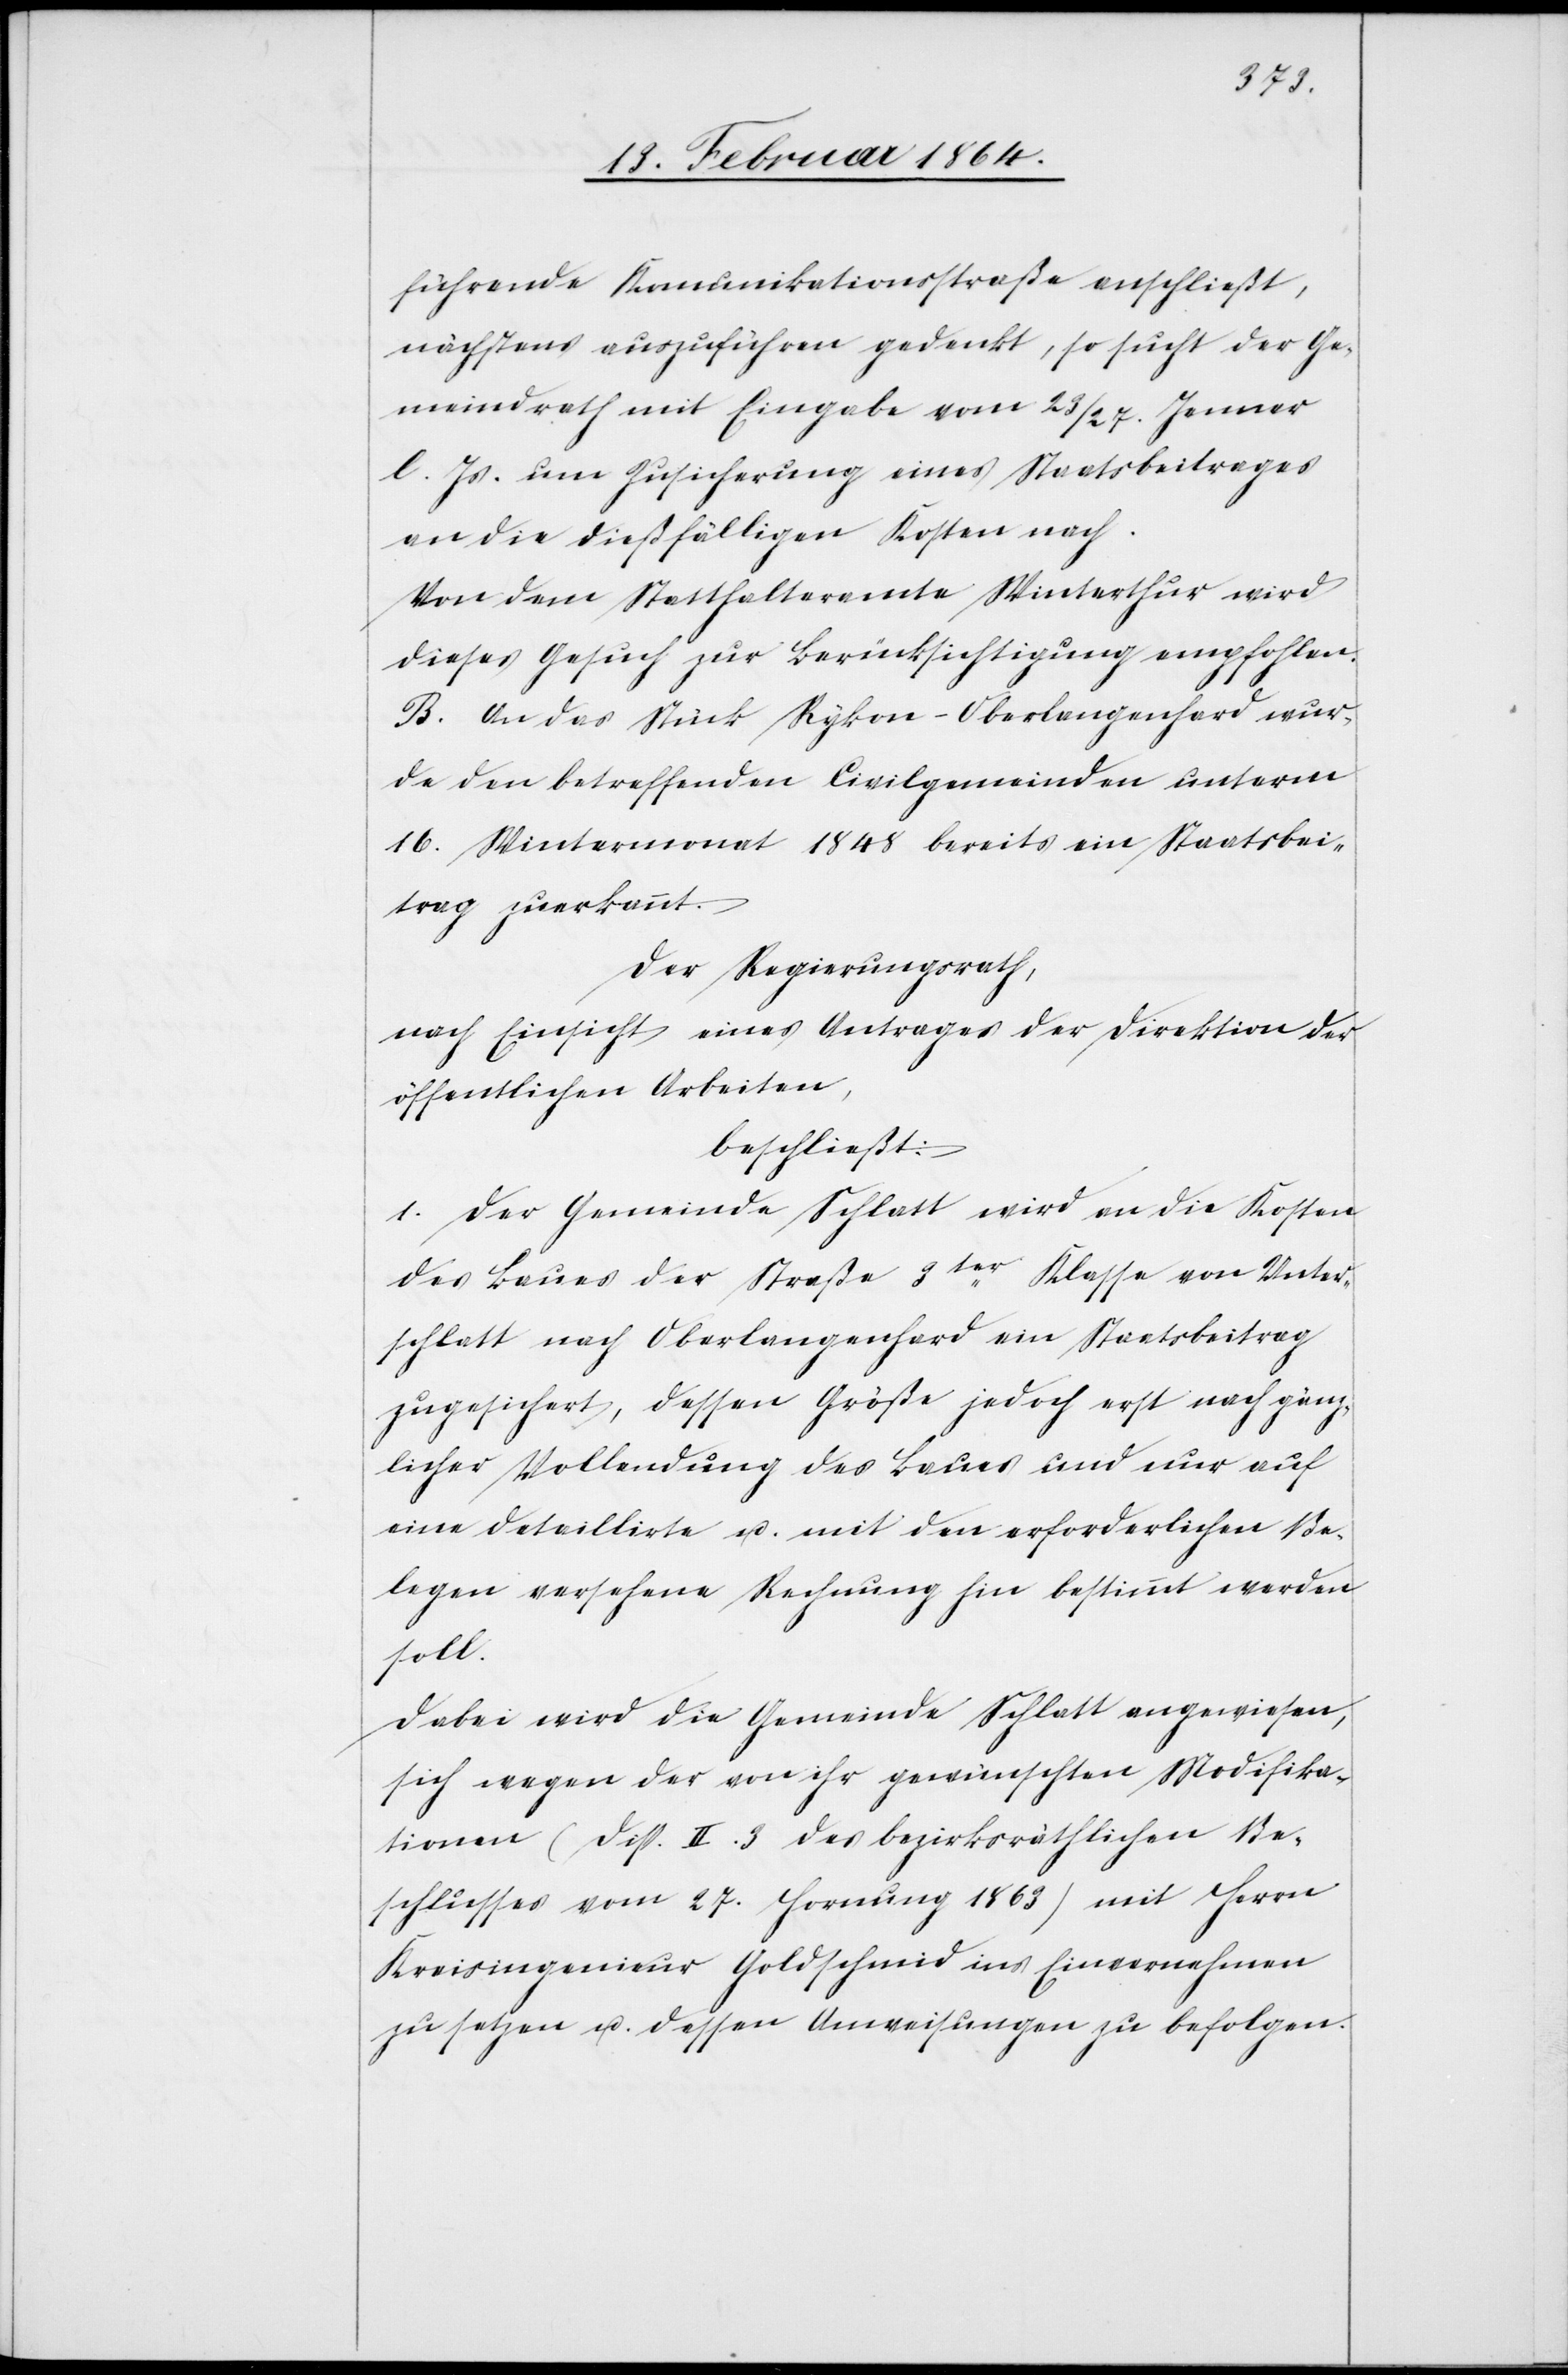
führende Kommunikationsstraße anschließt,
nächstens auszuführen gedenkt, so sucht der Ge¬
meindrath mit Eingabe vom 23./27. Jenner
l. Js. um Zusicherung eines Staatsbeitrages
an die dießfälligen Kosten nach.
Von dem Statthalteramte Winterthur wird
dieses Gesuch zur Berücksichtigung empfohlen.
B. An das Stück Rykon-Oberlangenhard wur¬
de den betreffenden Civilgemeinden unterm
16. Wintermonat 1848 bereits ein Staatsbei¬
trag zuerkannt.
Der Regierungsrath,
nach Einsicht eines Antrages der Direktion der
öffentlichen Arbeiten,
beschließt:
1. Der Gemeinde Schlatt wird an die Kosten
des Baues der Straße 3ter Klasse von Unter¬
schlatt nach Oberlangenhard ein Staatsbeitrag
zugesichert, dessen Größe jedoch erst nach gänz¬
licher Vollendung des Baues und nur auf
eine detaillierte u. mit den erforderlichen Be¬
legen versehene Rechnung hin bestimmt werden
soll.
Dabei wird die Gemeinde Schlatt angewiesen,
sich wegen der von ihr gewünschten Modifika¬
tionen (Disp. II. 3 des bezirksräthlichen Be¬
schlusses vom 27. Hornung 1863) mit Herrn
Kreisingenieur Goldschmid ins Einvernehmen
zu setzen u. dessen Anweisungen zu befolgen.